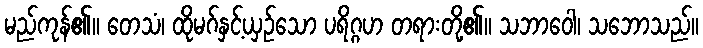
မည်ကုန်၏။ တေသံ၊ ထိုမဂ်နှင့်ယှဉ်သော ပရိဂ္ဂဟ တရားတို့၏။ သဘာဝေါ၊ သဘောသည်။